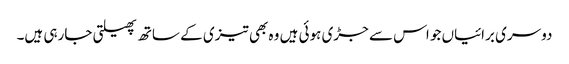
دوسری برائیاں جو اس سے جڑی ہوئی ہیں وہ بھی تیزی کے ساتھ پھیلتی جارہی ہیں۔